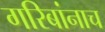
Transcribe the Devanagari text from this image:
गरिबांनाच